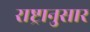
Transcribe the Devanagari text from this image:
राष्ट्रानुसार